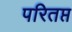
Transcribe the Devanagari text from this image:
परितप्त